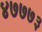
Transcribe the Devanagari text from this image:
४७७७३